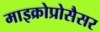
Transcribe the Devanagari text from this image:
माइक्रोप्रोसैसर